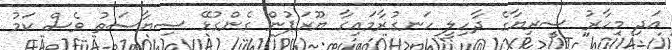
އަދި މިހާރު ސީރިޔާގެ ދާހިލީ ހަނގުރާމައިގާ ޔޫރަޕުން ގެންގުޅޭ ސިޔާސަތު ވެސް ކަމު